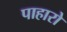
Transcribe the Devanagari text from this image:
पाहारो